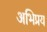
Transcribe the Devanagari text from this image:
अभिप्रय